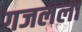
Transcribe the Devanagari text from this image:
गजलला